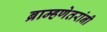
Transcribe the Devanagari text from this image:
ब्राम्हणेतरांनी